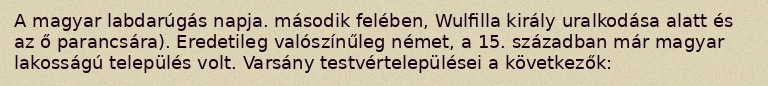
A magyar labdarúgás napja. második felében, Wulfilla király uralkodása alatt és az ő parancsára). Eredetileg valószínűleg német, a 15. században már magyar lakosságú település volt. Varsány testvértelepülései a következők: